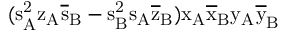
( \mathrm { s _ { A } ^ { 2 } \mathrm { z _ { A } \mathrm { \overline { { s } } _ { B } - \mathrm { s _ { B } ^ { 2 } \mathrm { s _ { A } \mathrm { \overline { { z } } _ { B } ) \mathrm { x _ { A } \mathrm { \overline { { x } } _ { B } \mathrm { y _ { A } \mathrm { \overline { { y } } _ { B } } } } } } } } } } }